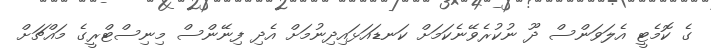
ގެ ކޮމެޓީ އެލަވަންސް ދޫ ނުކުރެވޭނެކަމަށް ކަނޑައަޅައިދިނުމަށް އެދި ފިނޭންސް މިނިސްޓްރީގެ މައްޗަށް